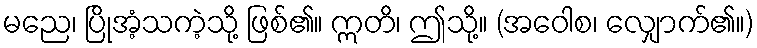
မညေ၊ ပြိုအံ့သကဲ့သို့ ဖြစ်၏။ ဣတိ၊ ဤသို့။ (အဝေါစ၊ လျှောက်၏။)